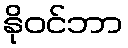
နိုဝင်ဘာ